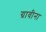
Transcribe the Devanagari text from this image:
ग्रावीना